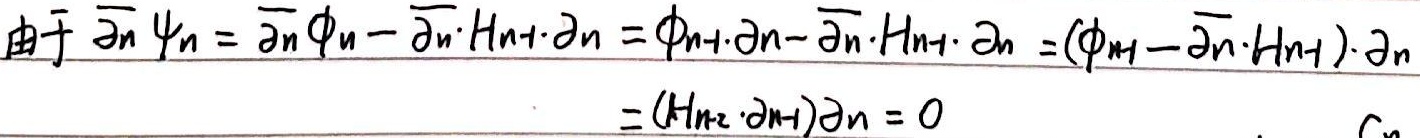
由于
\[
\begin{align*}
\overline{\partial}_n \psi_n& = \overline{\partial}_n \phi_n - \overline{\partial}_n \cdot H_{n + 1} \cdot \partial_n\\
& = \phi_{n + 1} \cdot \partial_n - \overline{\partial}_n \cdot H_{n + 1} \cdot \partial_n\\
& = (\phi_{n + 1} - \overline{\partial}_n \cdot H_{n + 1}) \cdot \partial_n\\
&=(H_{n + 2} \cdot \partial_{n + 1})\partial_n\\
& = 0
\end{align*}
\]